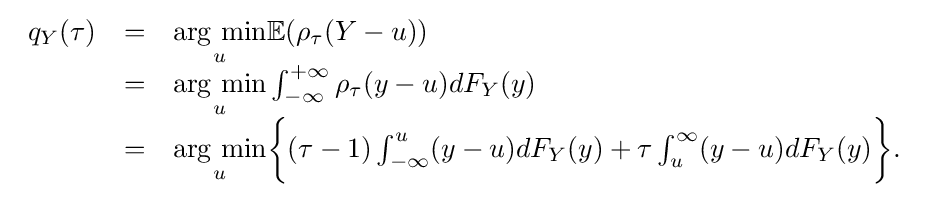
{\begin{array}{lll}q_{Y}(\tau )&=&{\underset {u}{\mbox{arg min}}}\mathbb {E} (\rho _{\tau }(Y-u))\\&=&{\underset {u}{\mbox{arg min}}}\int _{-\infty }^{+\infty }\rho _{\tau }(y-u)dF_{Y}(y)\\&=&{\underset {u}{\mbox{arg min}}}{\biggl \{}(\tau -1)\int _{-\infty }^{u}(y-u)dF_{Y}(y)+\tau \int _{u}^{\infty }(y-u)dF_{Y}(y){\biggr \}}.\end{array}}